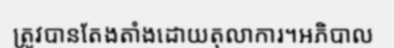
ត្រូវបានតែងតាំងដោយតុលាការ។អភិបាល